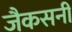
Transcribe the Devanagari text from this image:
जैकसनी